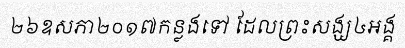
២៦ឧសភា២០១៧កន្លងទៅ ដែលព្រះសង្ឃ៤អង្គ